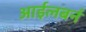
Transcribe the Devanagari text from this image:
आईलबर्न